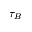
\tau _ { B }